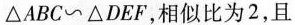
△ABC～△DEF，相似比为2，且